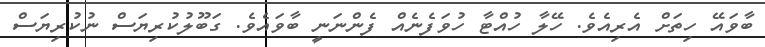
ބާވައޭ ހިތަށް އެރިއެވެ. ހޭލާ ހުއްޓާ ހުވަފެނެއް ފެންނަނީ ބާވައެވެ. ގަބޫލުކުރިޔަސް ނުކުރިޔަސް